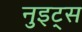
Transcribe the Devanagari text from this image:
नुइट्स